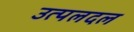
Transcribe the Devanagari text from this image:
उत्पलदल